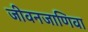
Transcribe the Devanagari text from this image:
जीवनजाणिवा